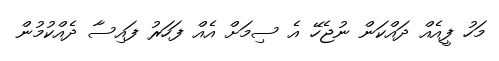
މަހު ފީއެއް ދައްކަން ނުޖެހޭ އެ ސިމަށް އެއް ފަހަރު ފައިސާ ދެއްކުމުން